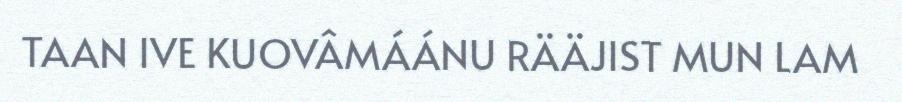
TAAN IVE KUOVÂMÁÁNU RÄÄJIST MUN LAM